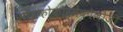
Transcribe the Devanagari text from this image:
साइकोफार्मेकोलोजी